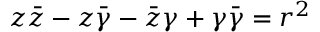
z { \bar { z } } - z { \bar { \gamma } } - { \bar { z } } \gamma + \gamma { \bar { \gamma } } = r ^ { 2 }